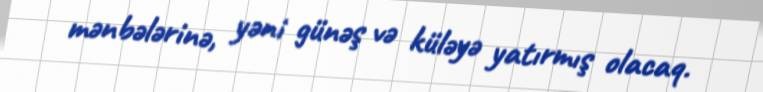
mənbələrinə, yəni günəş və küləyə yatırmış olacaq.